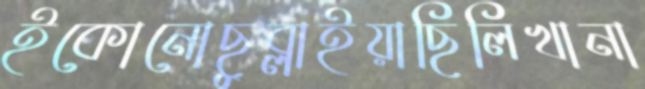
ইকোনোছুব্‌লাইয়াছিলিখানা